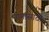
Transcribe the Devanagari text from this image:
नागासाठी